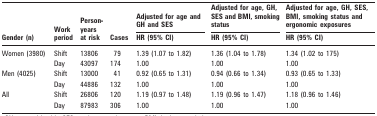
<table><thead><tr><td rowspan="2"><b>Gender (n)</b></td><td rowspan="2"><b>Work period</b></td><td rowspan="2"><b>Person-years at risk</b></td><td rowspan="2"><b>Cases</b></td><td><b>Adjusted for age and GH and SES</b></td><td><b>Adjusted for age, GH, SES and BMI, smoking status</b></td><td><b>Adjusted for age, GH, SES, BMI, smoking status and ergonomic exposures</b></td></tr><tr><td><b>HR (95% CI)</b></td><td><b>HR (95% CI)</b></td><td><b>HR (95% CI)</b></td></tr></thead><tbody><tr><td rowspan="2">Women (3980)</td><td>Shift</td><td>13806</td><td>79</td><td>1.39 (1.07 to 1.82)</td><td>1.36 (1.04 to 1.78)</td><td>1.34 (1.02 to 175)</td></tr><tr><td>Day</td><td>43097</td><td>174</td><td>1.00</td><td>1.00</td><td>1.00</td></tr><tr><td rowspan="2">Men (4025)</td><td>Shift</td><td>13000</td><td>41</td><td>0.92 (0.65 to 1.31)</td><td>0.94 (0.66 to 1.34)</td><td>0.93 (0.65 to 1.33)</td></tr><tr><td>Day</td><td>44886</td><td>132</td><td>1.00</td><td>1.00</td><td>1.00</td></tr><tr><td rowspan="2">All</td><td>Shift</td><td>26806</td><td>120</td><td>1.19 (0.97 to 1.48)</td><td>1.19 (0.96 to 1.47)</td><td>1.18 (0.96 to 1.46)</td></tr><tr><td>Day</td><td>87983</td><td>306</td><td>1.00</td><td>1.00</td><td>1.00</td></tr></tbody></table>